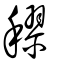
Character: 穋